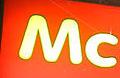
mc